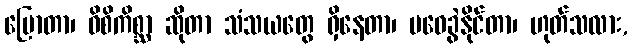
ပြောတာ၊ ဝိစိကိစ္ဆာ ဆိုတာ သံသယတွေ ရှိနေတာ၊ မဝေခွဲနိုင်တာ၊ ဟုတ်သလား,